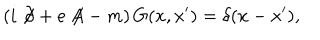
LaTeX: \left( i \not { \! \partial } + e \not { \! \! A } - m \right) G ( x , x ^ { \prime } ) = \delta ( x - x ^ { \prime } ) ,